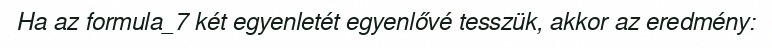
Ha az formula_7 két egyenletét egyenlővé tesszük, akkor az eredmény: